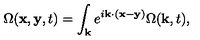
\Omega ( { \bf x } , { \bf y } , t ) = \int _ { { \bf k } } e ^ { i { \bf k } \cdot ( { \bf x } - { \bf y } ) } \Omega ( { \bf k } , t ) ,